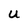
Character: U